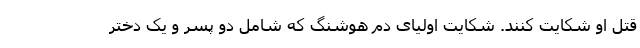
قتل او شکایت کنند. شکایت اولیای دم هوشنگ که شامل دو پسر و یک دختر